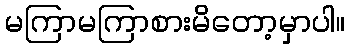
မကြာမကြာစားမိတော့မှာပါ။